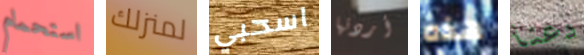
استحمام لمنزلك اسحبي أردتها هذه دعنا